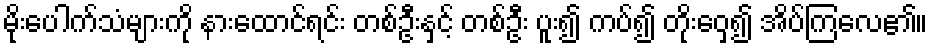
မိုးပေါက်သံများကို နားထောင်ရင်း တစ်ဦးနှင့် တစ်ဦး ပူး၍ ကပ်၍ တိုးဝှေ့၍ အိပ်ကြလေ၏။